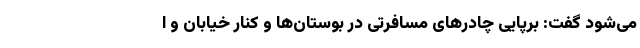
می‌شود گفت: برپایی چادرهای مسافرتی در بوستان‌ها و کنار خیابان و ا